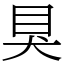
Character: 狊